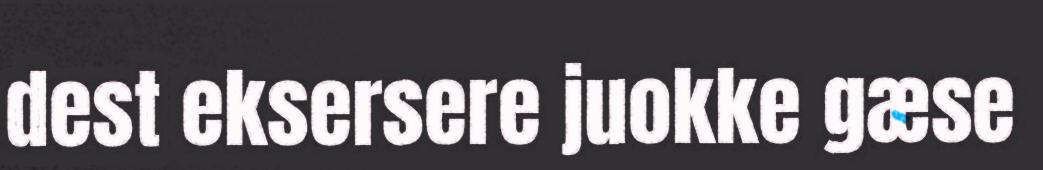
dest eksersere juokke gæse